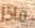
ماذا